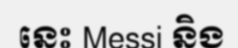
នេះ Messi និង